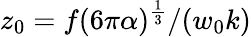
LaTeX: z_{0}=f(6\pi\alpha)^{\frac{1}{3}}/(w_{0}k)